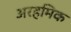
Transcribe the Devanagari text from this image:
अरहमिक